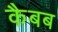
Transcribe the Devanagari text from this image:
कैबब